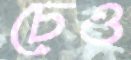
চেও